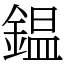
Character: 鎾